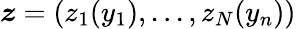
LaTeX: \boldsymbol{z}=(z_{1}(y_{1}),...,z_{N}(y_{n}))